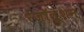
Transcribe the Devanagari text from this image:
रेजॉलूशन